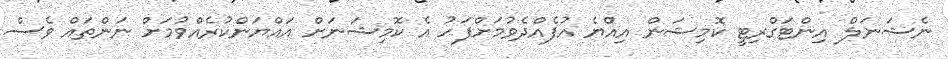
ނެޝަނަލް އިންޓަގްރިޓީ ކޮމިޝަން އިއްޔެ އުފެއްދެވުމަށްފަހު އެ ކޮމިޝަނަށް އައްޔަންކުރެއްވުމަށް ނަންތައް ވެސް